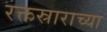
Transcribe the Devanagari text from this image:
रक्तस्राराच्या